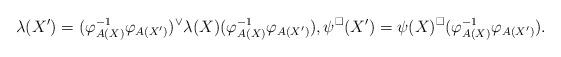
LaTeX: \begin{align*}\lambda(X')=(\varphi_{A(X)}^{-1}\varphi_{A(X')})^\vee\lambda(X)(\varphi_{A(X)}^{-1}\varphi_{A(X')}),\psi^{\square}(X')=\psi(X)^{\square}(\varphi_{A(X)}^{-1}\varphi_{A(X')}).\end{align*}